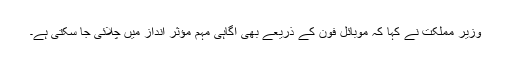
وزیر مملکت نے کہا کہ موبائل فون کے ذریعے بھی آگاہی مہم مؤثر انداز میں چلائی جا سکتی ہے۔